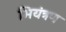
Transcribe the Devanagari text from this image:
भियंत्रण